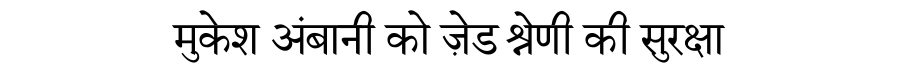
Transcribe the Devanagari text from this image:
मुकेश अंबानी को ज़ेड श्रेणी की सुरक्षा